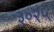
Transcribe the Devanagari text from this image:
३०२५